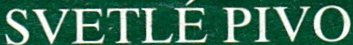
SVETLE PIVO